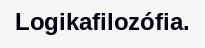
Logikafilozófia.